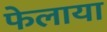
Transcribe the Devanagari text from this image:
फेलाया